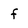
Character: f